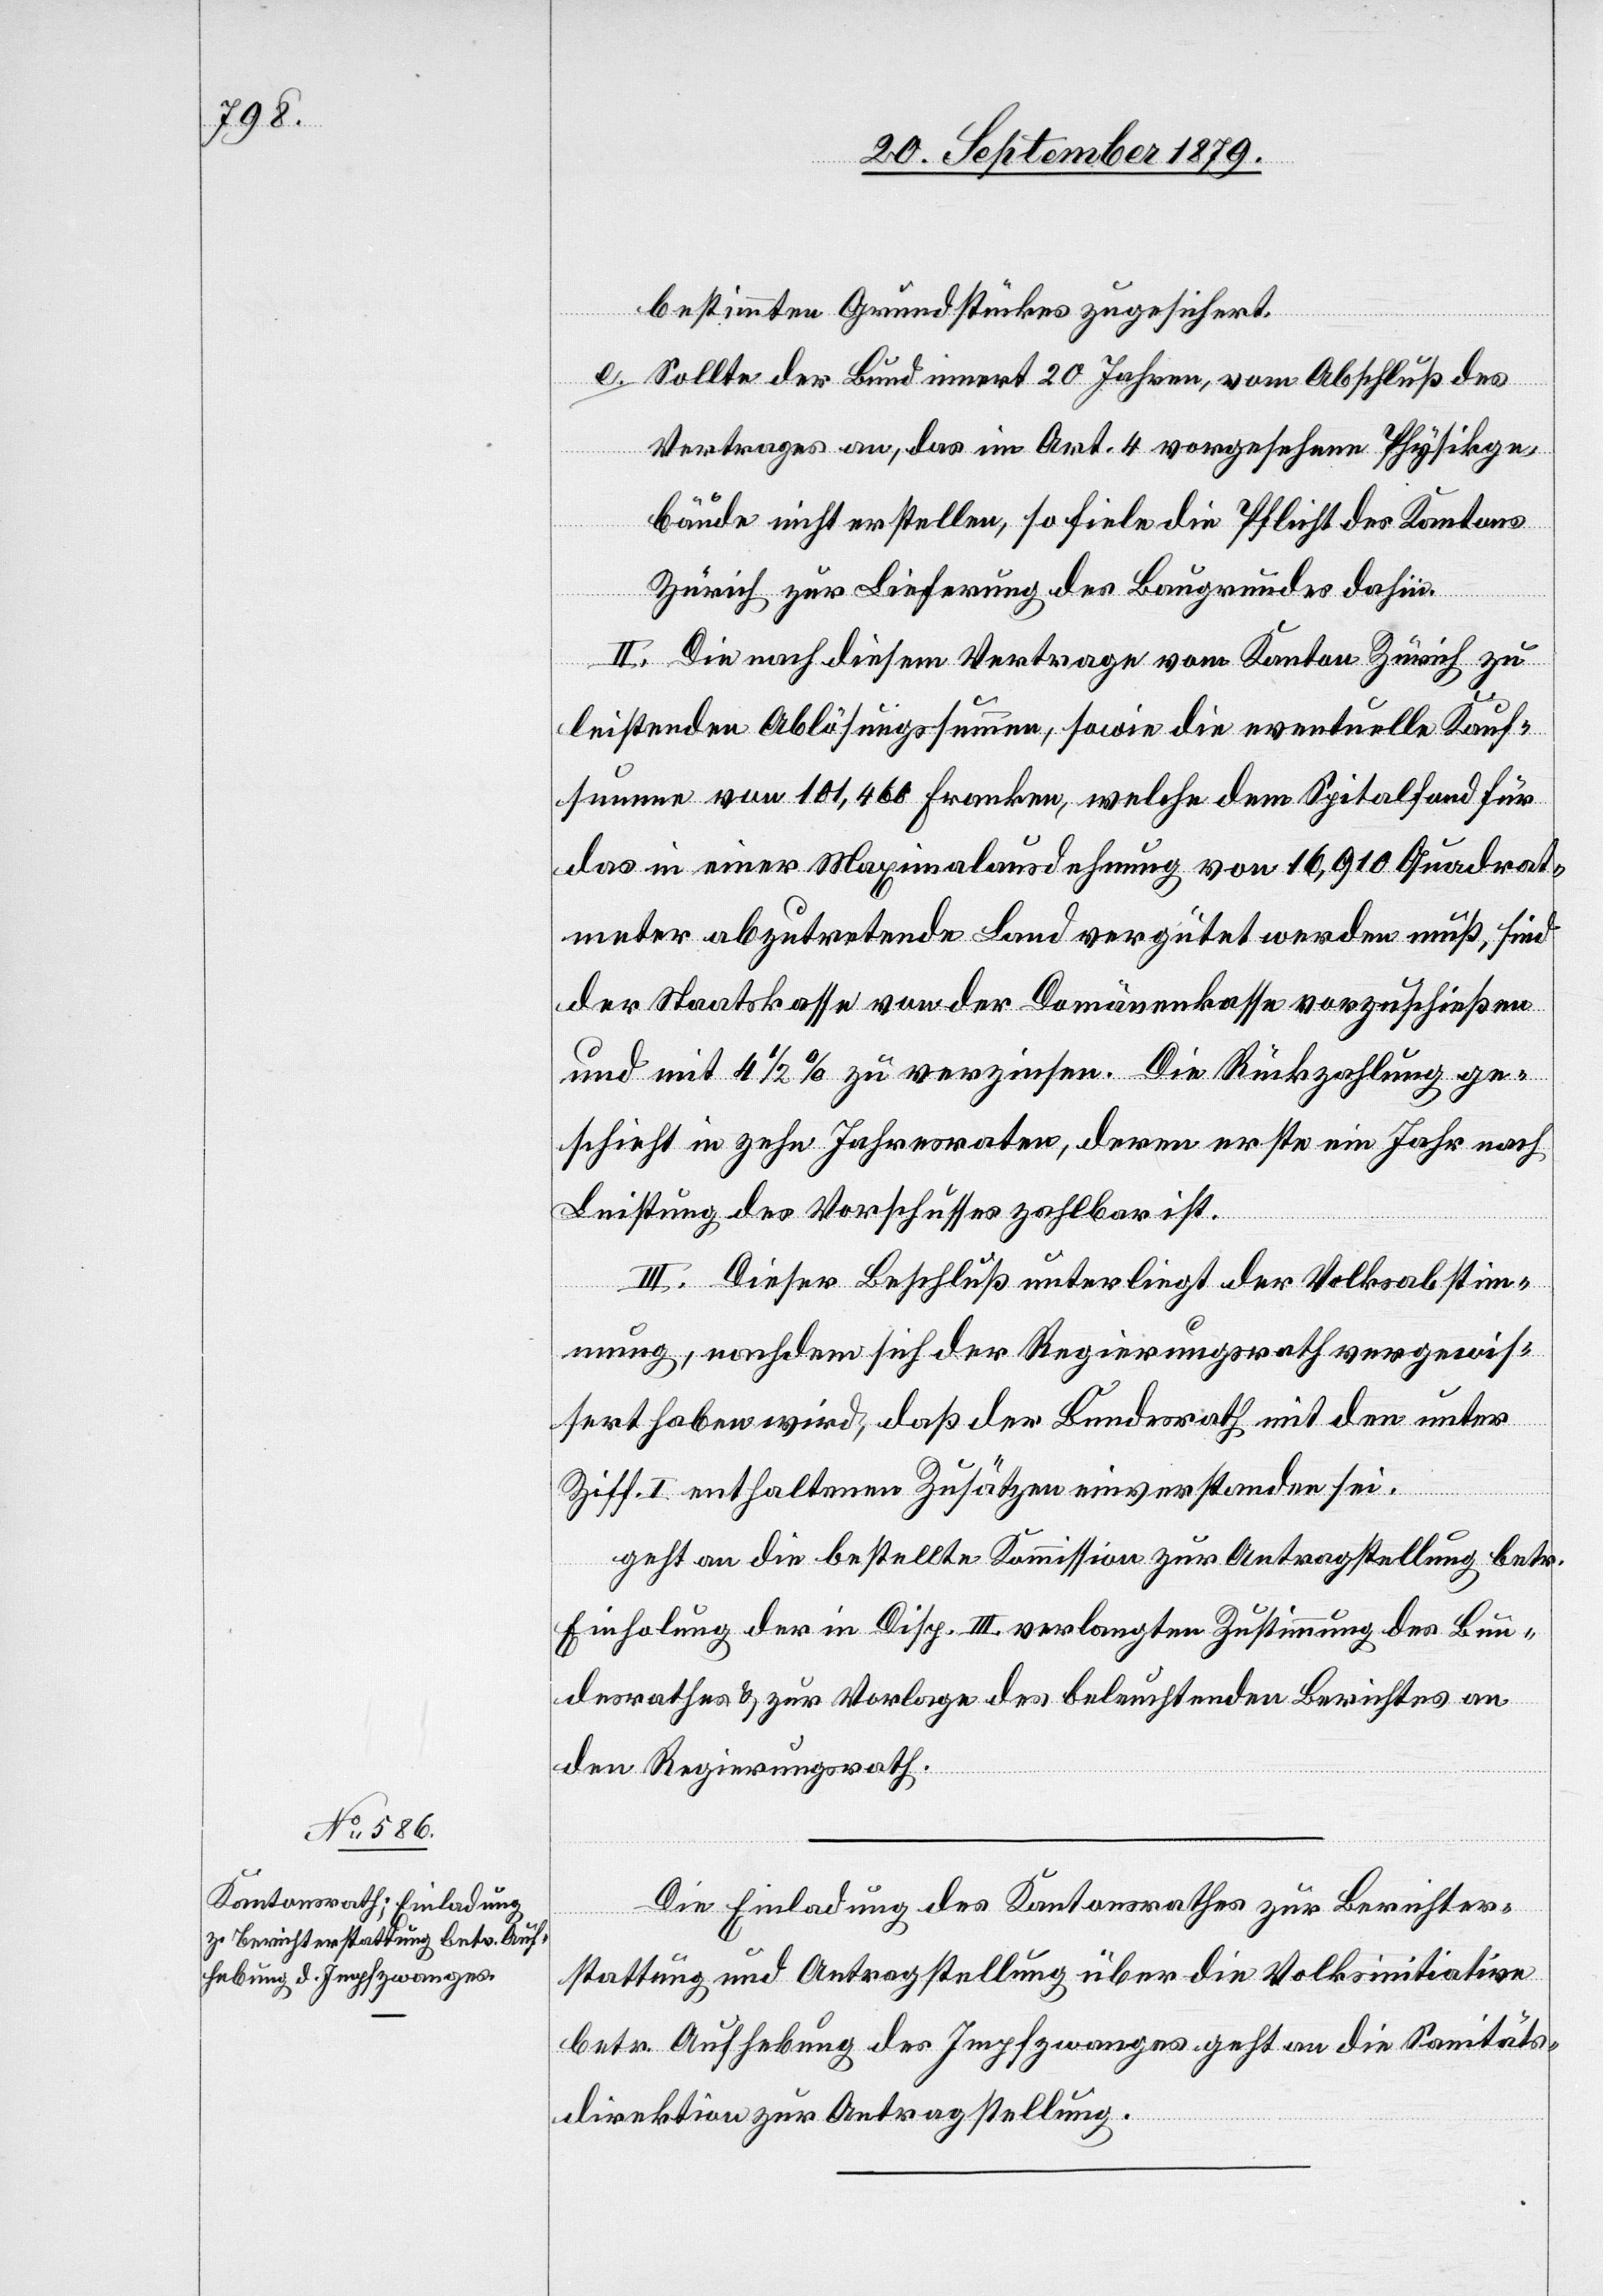
bestimmten Grundstückes zugesichert.
e.
Sollte der Bund innert 20 Jahren, vom Abschluß des
Vertrages an, das im Art. 4 vorgesehene Physikge¬
bäude nicht erstellen, so fiele die Pflicht des Kantons
Zürich zur Lieferung des Baugrundes dahin.
II. Die nach diesem Vertrage vom Kanton Zürich zu
leistenden Ablösungssumme, sowie die eventuelle Kauf¬
summe von 101,460 Franken, welche dem Spitalfond für
das in einer Maximalausdehnung von 16,910 Quadrat¬
meter abzutretende Land vergütet werden muß, sind
der Staatskasse von der Domänenkasse vorzuschießen
und mit 4 1/2% zu verzinsen. Die Rückzahlung ge¬
schieht in zehn Jahresraten, deren erste ein Jahr nach
Leistung des Vorschusses zahlbar ist.
III. Dieser Beschluß unterliegt der Volksabstim¬
mung, nachdem sich der Regierungsrath vergewis¬
sert haben wird, daß der Bundesrath mit den unter
Ziff. I enthaltenen Zusätzen einverstanden sei.
geht an die bestellte Kommission zur Antragstellung betr.
Einholung der in Disp. III. verlangten Zustimmung des Bun¬
desrathes & zur Vorlage des beleuchtenden Berichtes an
den Regierungsrath.
Die Einladung des Kantonsrathes zur Berichter¬
stattung und Antragstellung über die Volksinitiative
betr. Aufhebung d. Impfzwanges geht an die Sanitäts¬
direktion zur Antragstellung.